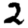
Digit: 2